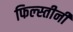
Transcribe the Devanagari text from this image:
फिल्स्तीनी